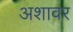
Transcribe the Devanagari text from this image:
अशावर